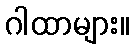
ဂါထာများ။